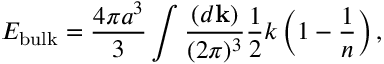
E _ { \mathrm { b u l k } } = { \frac { 4 \pi a ^ { 3 } } { 3 } } \int { \frac { ( d { \bf k } ) } { ( 2 \pi ) ^ { 3 } } } { \frac { 1 } { 2 } } k \left( 1 - { \frac { 1 } { n } } \right) ,